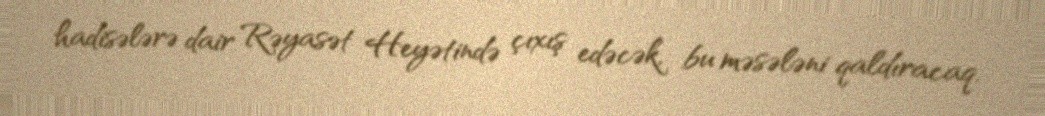
hadisələrə dair Rəyasət Heyətində çıxış edəcək, bu məsələni qaldıracaq.